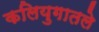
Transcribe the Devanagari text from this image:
कलियुगातले